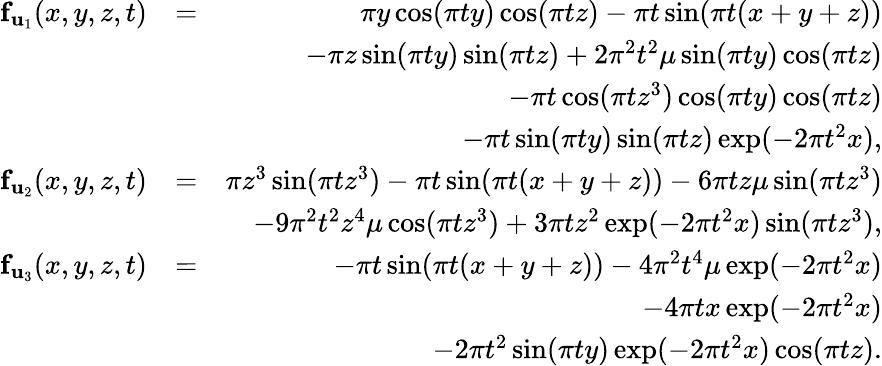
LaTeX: \begin{array}{rlr}{\mathbf{f}_{\mathbf{u}_{1}}(x,y,z,t)}&{=}&{\pi y\cos(\pi ty)\cos(\pi tz)-\pi t\sin(\pi t(x+y+z))}\\ &{}&{-\pi z\sin(\pi ty)\sin(\pi tz)+2\pi^{2}t^{2}\mu\sin(\pi ty)\cos(\pi tz)}\\ &{}&{-\pi t\cos(\pi tz^{3})\cos(\pi ty)\cos(\pi tz)}\\ &{}&{-\pi t\sin(\pi ty)\sin(\pi tz)\exp(-2\pi t^{2}x),}\\ {\mathbf{f}_{\mathbf{u}_{2}}(x,y,z,t)}&{=}&{\pi z^{3}\sin(\pi tz^{3})-\pi t\sin(\pi t(x+y+z))-6\pi tz\mu\sin(\pi tz^{3})}\\ &{}&{-9\pi^{2}t^{2}z^{4}\mu\cos(\pi tz^{3})+3\pi tz^{2}\exp(-2\pi t^{2}x)\sin(\pi tz^{3}),}\\ {\mathbf{f}_{\mathbf{u}_{3}}(x,y,z,t)}&{=}&{-\pi t\sin(\pi t(x+y+z))-4\pi^{2}t^{4}\mu\exp(-2\pi t^{2}x)}\\ &{}&{-4\pi tx\exp(-2\pi t^{2}x)}\\ &{}&{-2\pi t^{2}\sin(\pi ty)\exp(-2\pi t^{2}x)\cos(\pi tz).}\end{array}